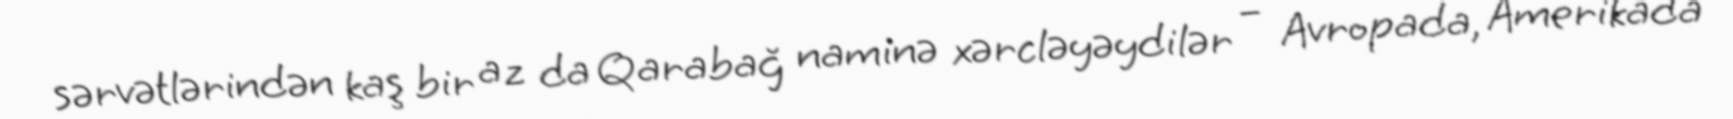
sərvətlərindən kaş bir az da Qarabağ naminə xərcləyəydilər – Avropada, Amerikada